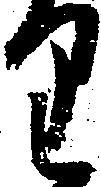
り